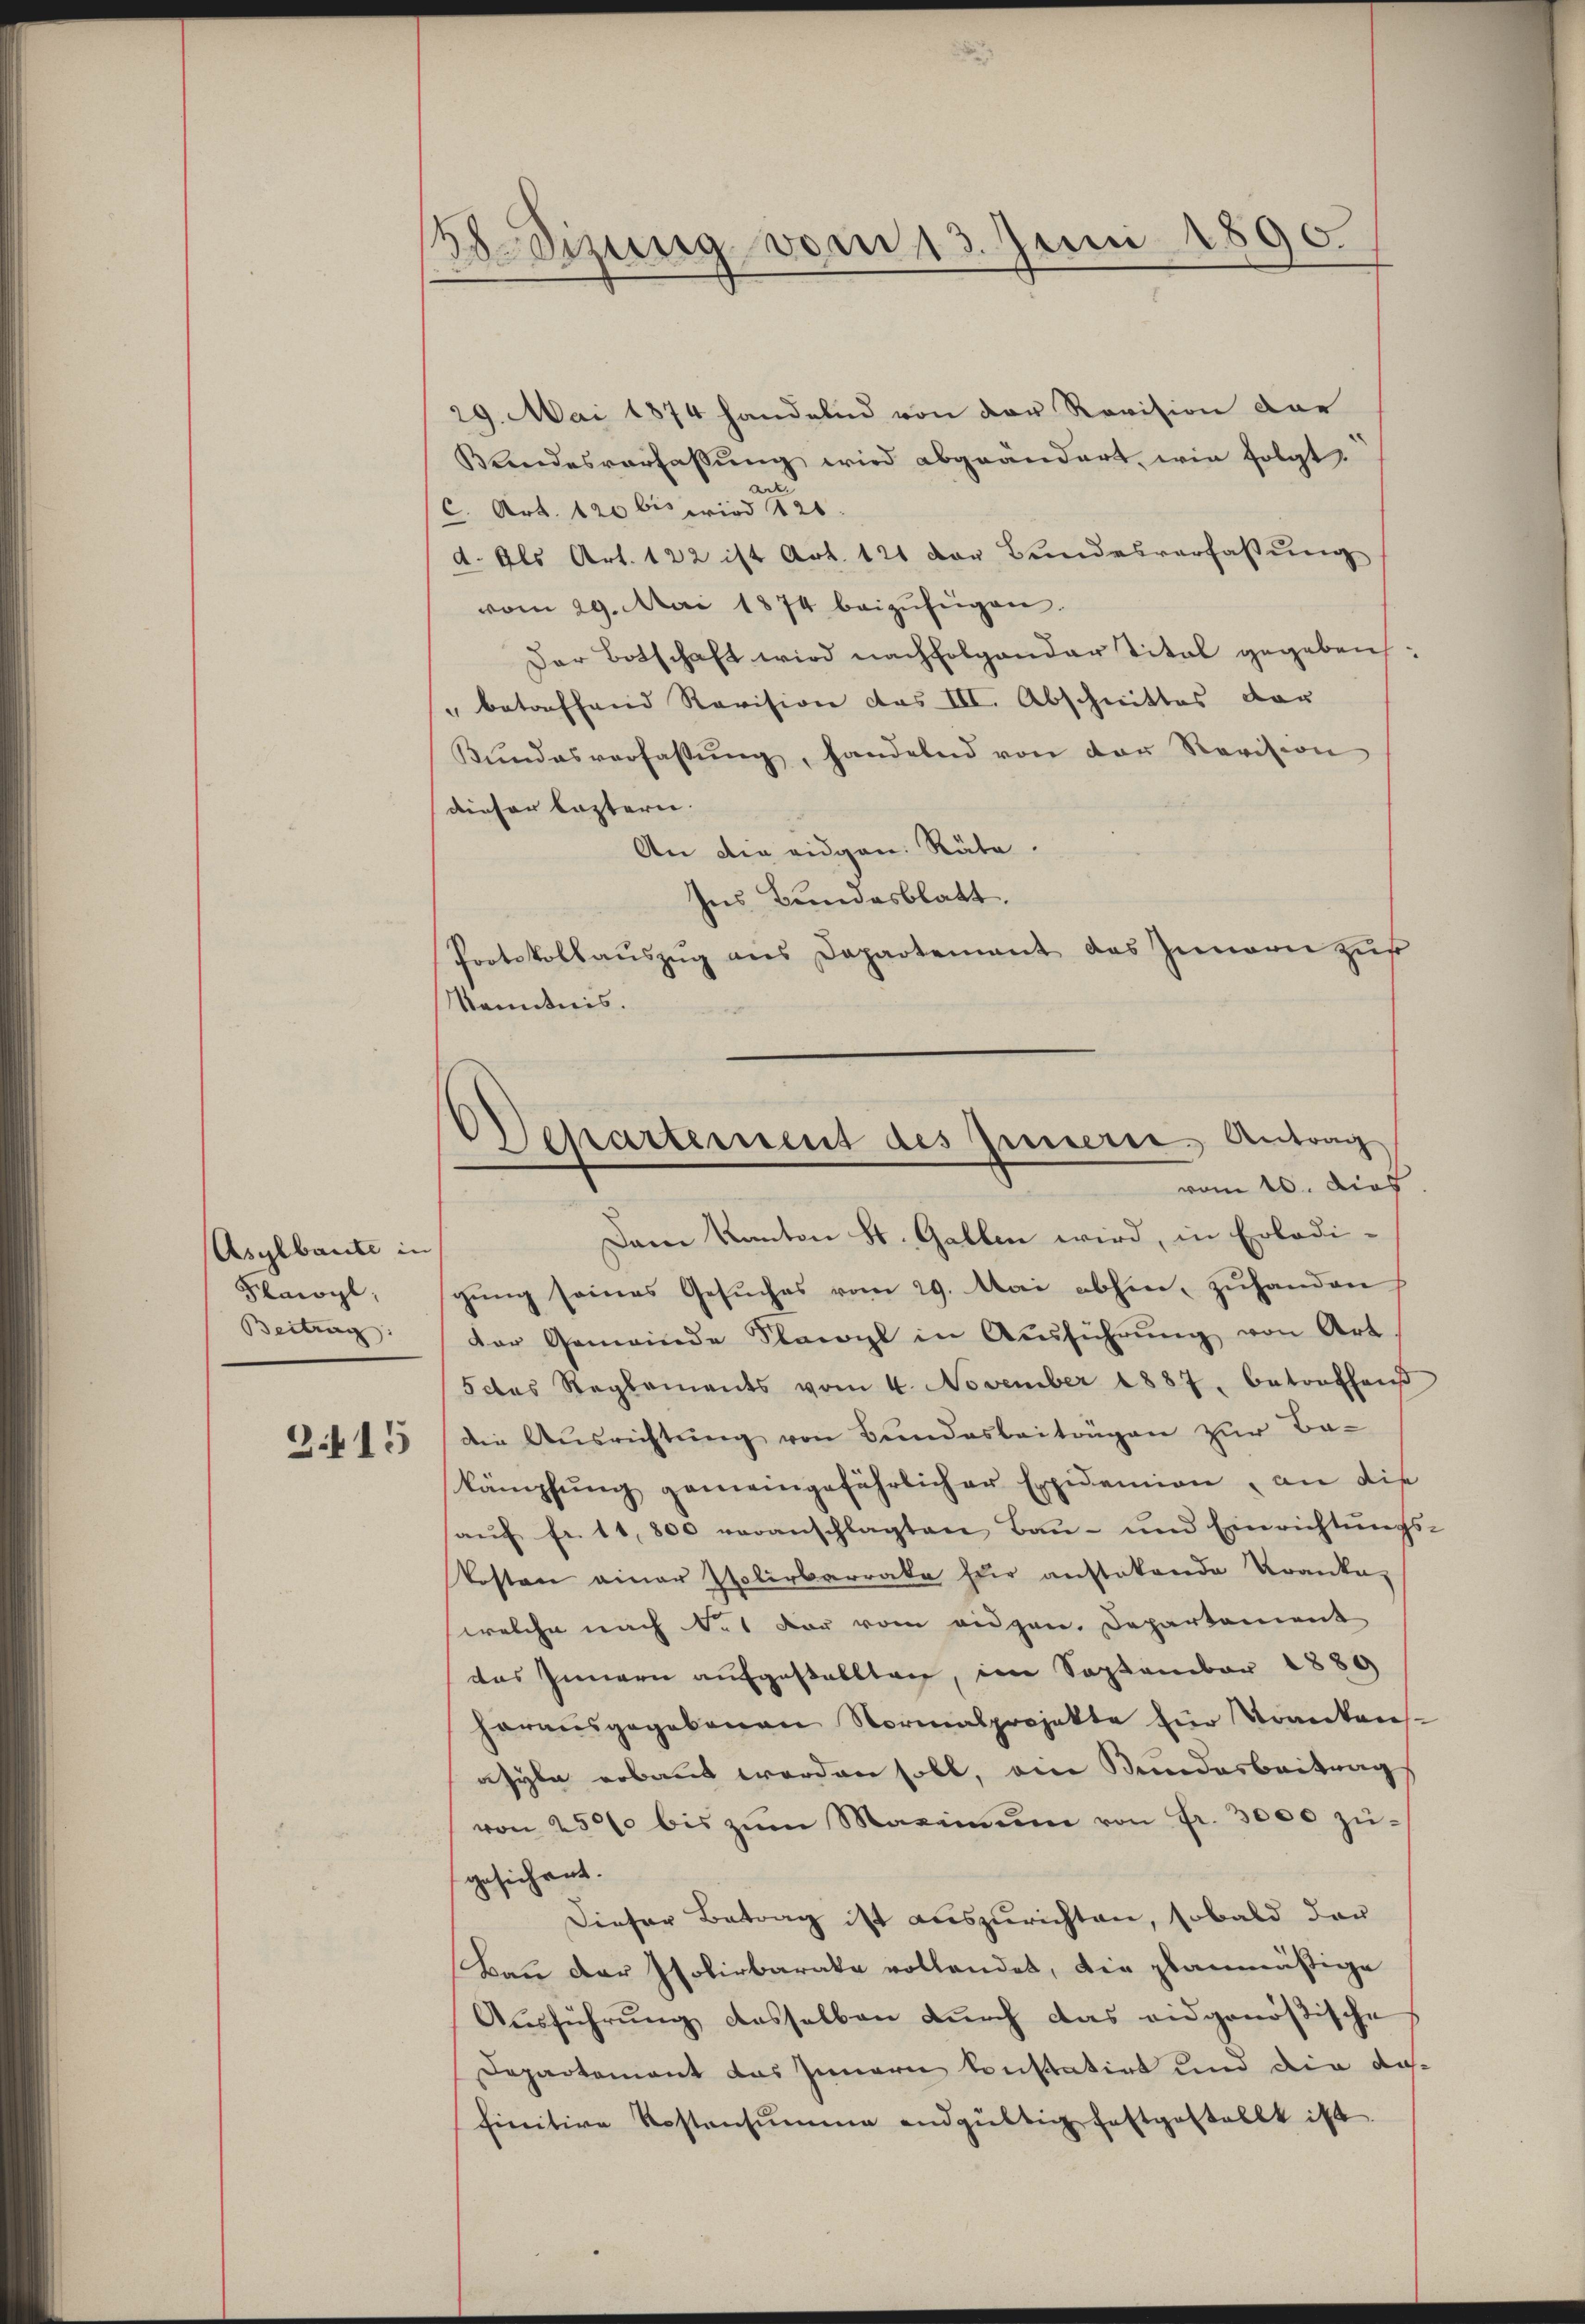
Asylbaute in
Flawyl,
Beitrag:

B.Sizung vom 13. Juni 1890.

29. Mai 1874 handelnd von der Revision der
Kandesverfassŭng wird abgeändert, wie folgt
¬
C. Art. 120 bis wird 120.
d. Als Art. 122 ist Art. 121 von Bundesverfassung
vom 29. Mai 1874 beizŭfügen.
Der Botschaft wird nachfolgender Titel gegeben:
" betreffend Revision des III. Abschnittes vor
Kŭndesverfassŭng, handelnd von der Revision
dieser leztern.
An die eidgen. Räte.
Ins Bundesblatt.
Protokollaŭszŭg ans Departement das Innern zŭf
Kenntnis.
Dam Kanton St. Gallen wird, in Erledi-
gŭng seines Gesŭches vom 29. Mai abhin zuhanden
der Gemeinde Flawyl in Ausführŭng von Art
5 das Reglements vom 4. November 1887. betreffen
Zit 155 (die Aŭsrichtŭng von Bŭndesbeiträgen zŭr Be-
kämpfŭng gemeingefährlicher Expidemien, an die
aŭf fr. 11,800 veranschlagten Baŭ- und Einrichtŭngs-
kosten einer Isolirbarraka Er anstatende Kranke,
welche nach No. 1 der vom eidgen. Departement
das Innern aufgestallten, im September 1889
herausgegebenen Normalprojekte für Krankens-
asyle erbaut werden soll, ein Kundesbeitrag
von 250 bis zŭm Maximŭm von Fr. 3000 zŭ-
gesichent.
Dieser Betrag ist auszurichten, sobald der
Bau der Isolirbarata vollendet, die planmäßige
Aŭsführŭng dasselben dŭrch das eidgenößische
Departement das Innern konstatirt und die da-
finitive Kostensumme endgültig festgestellt ist.

Departement des Innern, Antrag
vom 16. dies